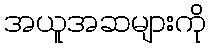
အယူအဆများကို